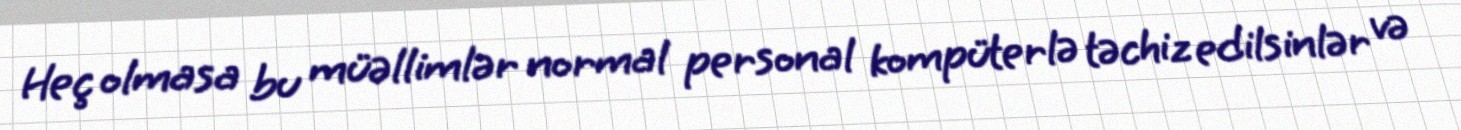
Heç olmasa bu müəllimlər normal personal kompüterlə təchiz edilsinlər və